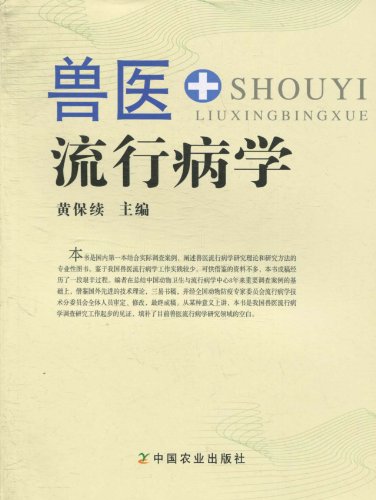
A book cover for Veterinary Epidemiology(Chinese Edition); HUANG BAO XU ZHU; Medical Books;